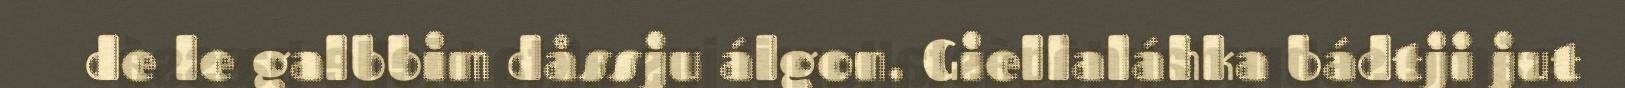
de le galbbim dåssju álgon. Giellaláhka bádtji jut